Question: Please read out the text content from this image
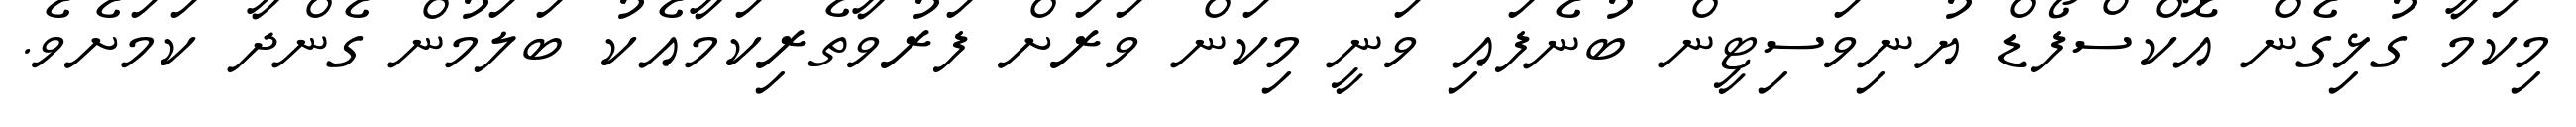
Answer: މިކަމާ ގުޅިގެން އޮކްސްފޯޑް ޔުނިވަސިޓީން ބުނެފައި ވަނީ މިކަން ވަރަށް ފަރުވާތެރިކަމާއެކު ބަލަމުން ގެންދާ ކަމަށެވެ.